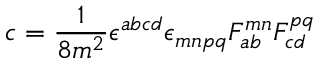
c = \frac { 1 } { 8 m ^ { 2 } } \epsilon ^ { a b c d } \epsilon _ { m n p q } F _ { a b } ^ { m n } F _ { c d } ^ { p q }